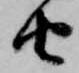
由